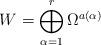
LaTeX: \begin{align*}W = \bigoplus_{\alpha=1}^r \Omega^{a(\alpha)} \end{align*}